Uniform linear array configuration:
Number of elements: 48
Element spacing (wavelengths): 1
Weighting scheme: exponential
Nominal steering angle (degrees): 30
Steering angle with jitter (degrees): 31.447
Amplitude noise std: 0.05
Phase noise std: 0.05

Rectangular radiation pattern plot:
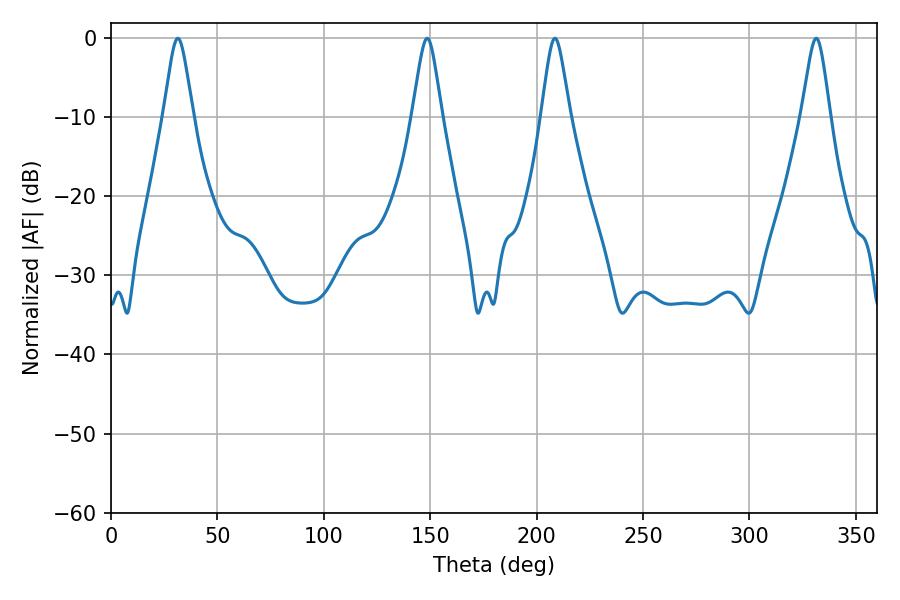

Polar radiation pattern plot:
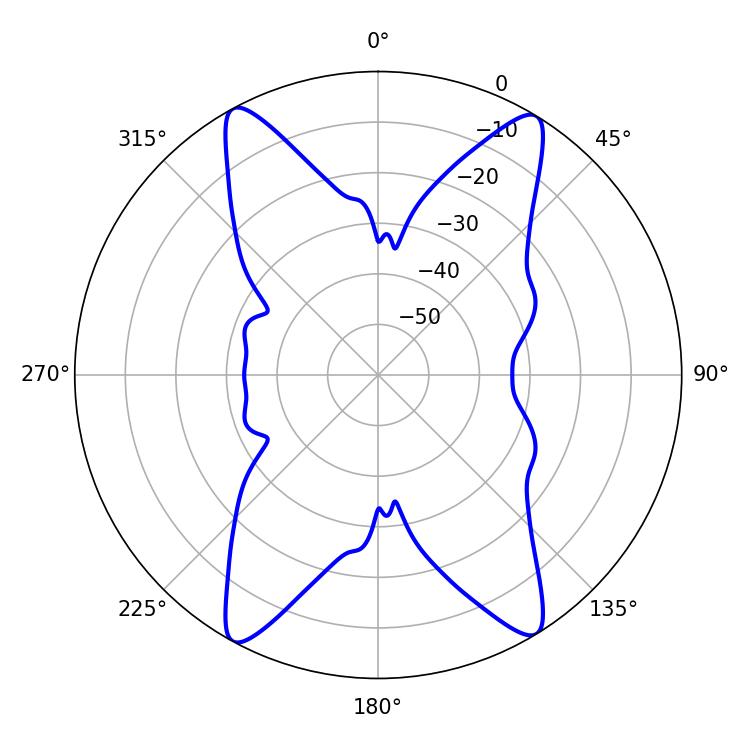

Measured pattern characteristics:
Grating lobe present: TRUE
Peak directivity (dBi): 20.957
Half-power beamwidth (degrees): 6.48
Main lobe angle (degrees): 208.62